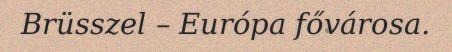
Brüsszel – Európa fővárosa.